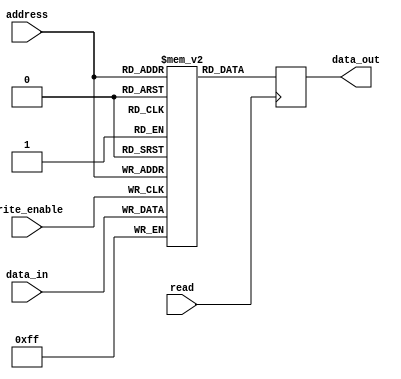
module PROM (
  input wire [7:0] address,
  input wire write_enable,
  input wire read,
  input wire [7:0] data_in,
  output reg [7:0] data_out
);

reg [7:0] memory [0:255]; // 256 memory locations

always @ (posedge write_enable)
begin
  memory[address] <= data_in;
end

always @ (posedge read)
begin
  data_out <= memory[address];
end

endmodule